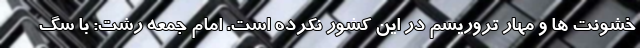
خشونت ها و مهار تروریسم در این کشور نکرده است. امام جمعه رشت: با سگ